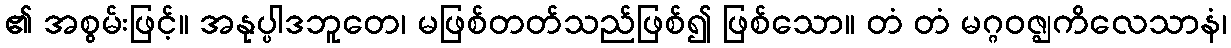
၏ အစွမ်းဖြင့်။ အနုပ္ပါဒဘူတေ၊ မဖြစ်တတ်သည်ဖြစ်၍ ဖြစ်သော။ တံ တံ မဂ္ဂဝဇ္ဈကိလေသာနံ၊